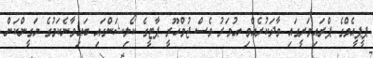
ޕީޕީއެމްގެ ޕްރައިމަރީގައި ވާދަކުރެއްވި އުމަރު ވެސް ޖުމްހޫރީ ޕާޓީގެ ކޯލިޝަންގައި ބައިވާނެކަމުގެ ޔަގީންކަން